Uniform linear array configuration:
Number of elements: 4
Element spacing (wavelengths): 0.25
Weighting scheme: blackman
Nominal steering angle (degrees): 0
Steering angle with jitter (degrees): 1.716
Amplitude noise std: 0.05
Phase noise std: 0.05

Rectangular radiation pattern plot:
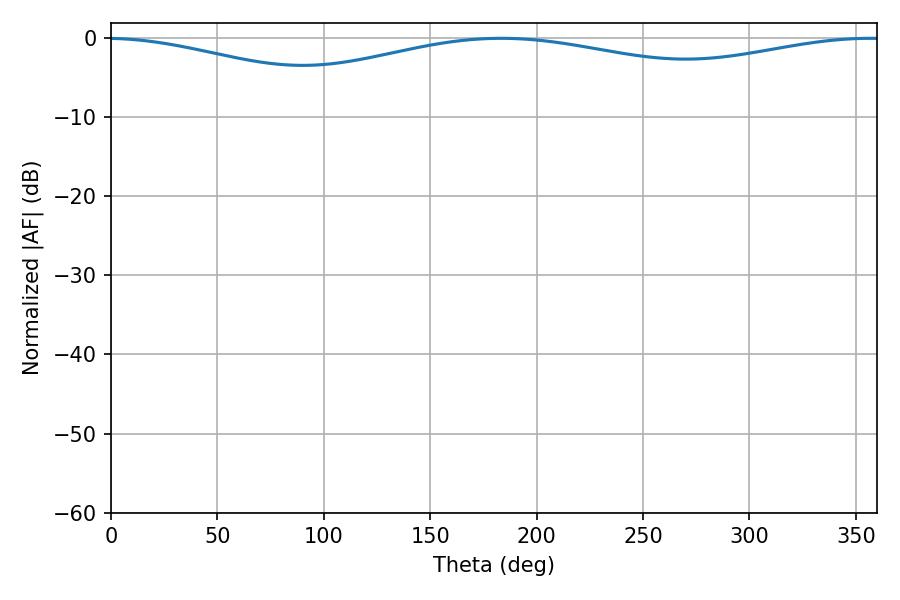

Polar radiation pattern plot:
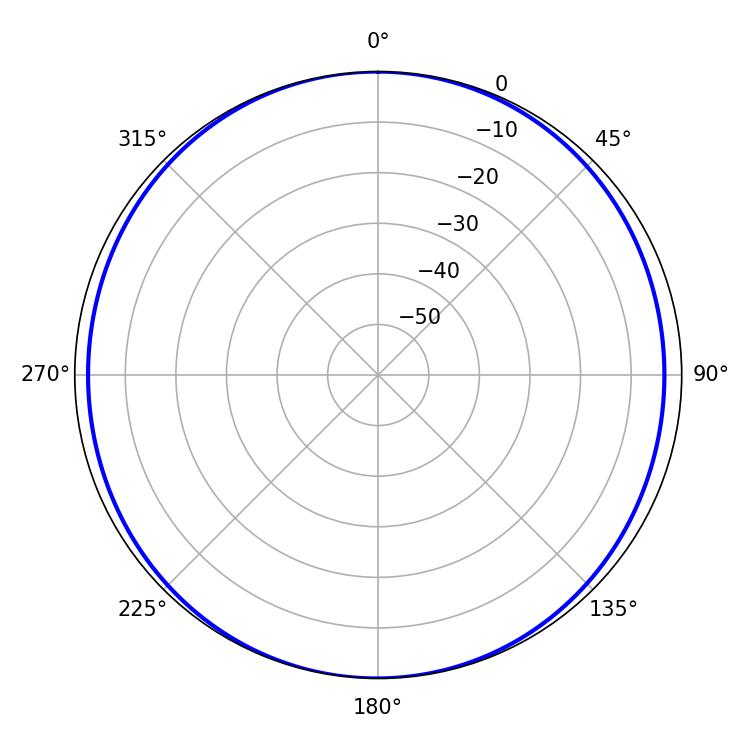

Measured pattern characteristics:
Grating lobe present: FALSE
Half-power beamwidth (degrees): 250.38
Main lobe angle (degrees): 183.24